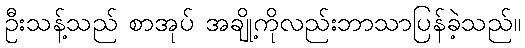
ဦးသန့်သည် စာအုပ် အချို့ကိုလည်းဘာသာပြန်ခဲ့သည်။